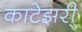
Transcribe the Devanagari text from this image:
काटेझरी